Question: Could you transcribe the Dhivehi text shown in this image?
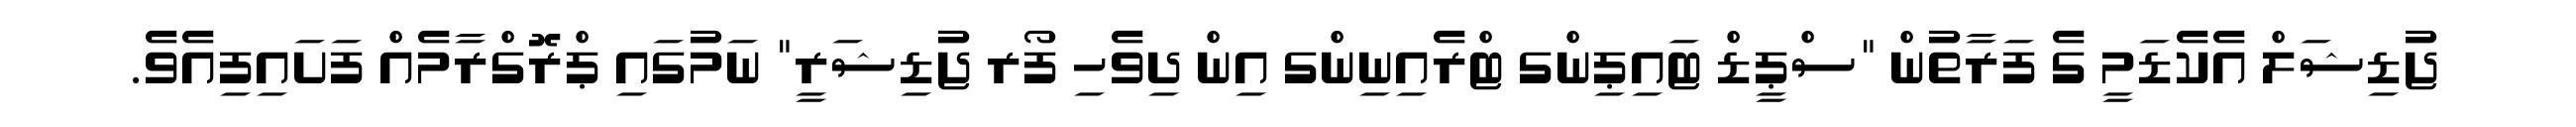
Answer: ޖުޑިޝަލް އެކެޑަމީ ގެ ފަރާތުން "ސްޕީޑް ޓައިޕިންގ ޓްރެއިނިންގ އިން ދިވެހި ފޯރ ޖުޑިޝަރީ" ނަމުގައި ޕްރޮގްރާމެއް ފަށައިފިއެވެ.